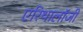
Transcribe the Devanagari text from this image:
एरिथालॉजी